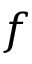
f